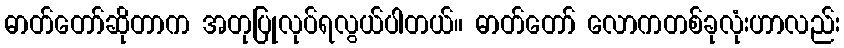
ဓာတ်တော်ဆိုတာက အတုပြုလုပ်ရလွယ်ပါတယ်။ ဓာတ်တော် လောကတစ်ခုလုံးဟာလည်း